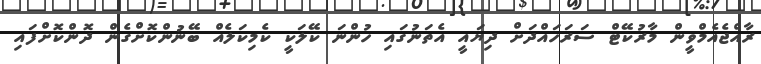
ރާއްޖެއެމްވީން މާރުކޭޓް ސަރަހައްދަށް ދިޔައީ އެތަނުގައި ހުންނަ ކޭލަކީ ކެމިކަލެއް ބޭނުންކޮށްގެން ދޮންކޮށްފައި